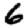
Digit: 6